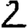
Digit: 2